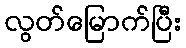
လွတ်မြောက်ပြီး